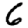
Digit: 6